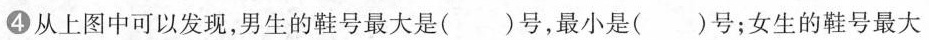
4从上图中可以发现，男生的鞋号最大是( )号，最小是( )号；女生的鞋号最大